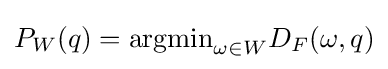
P_{W}(q)={\text{argmin}}_{\omega \in W}D_{F}(\omega ,q)